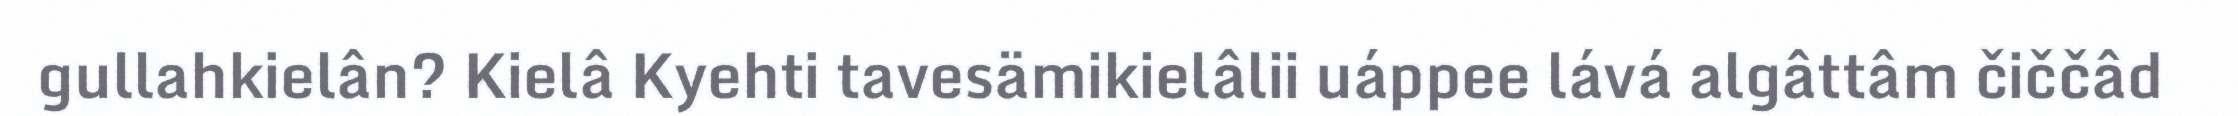
gullahkielân? Kielâ Kyehti tavesämikielâlii uáppee lává algâttâm čiččâd